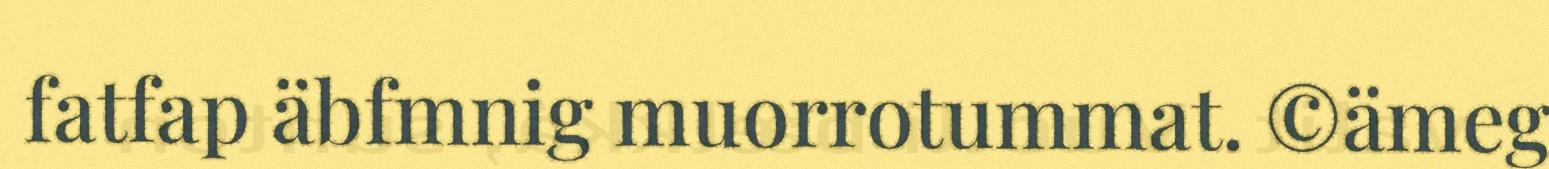
fatfap äbfmnig muorrotummat. ©ämeg